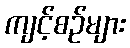
ကျင့်စဉ်များ